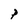
Character: P